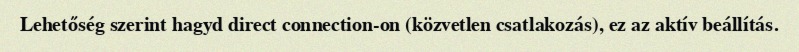
Lehetőség szerint hagyd direct connection-on (közvetlen csatlakozás), ez az aktív beállítás.